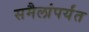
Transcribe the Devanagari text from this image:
समैलांपर्यंत